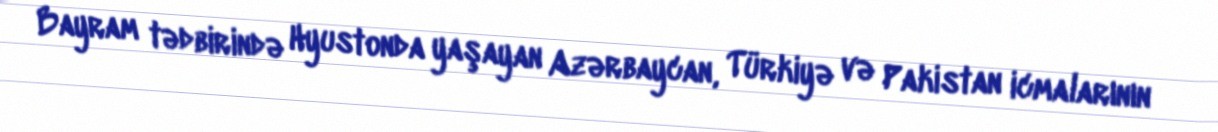
Bayram tədbirində Hyustonda yaşayan Azərbaycan, Türkiyə və Pakistan icmalarının